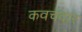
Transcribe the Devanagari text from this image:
कवचदार